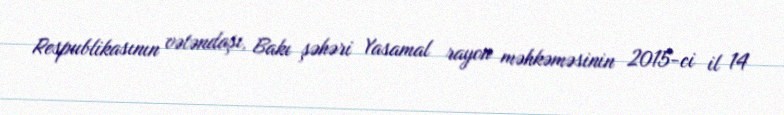
Respublikasının vətəndaşı, Bakı şəhəri Yasamal rayon məhkəməsinin 2015-ci il 14